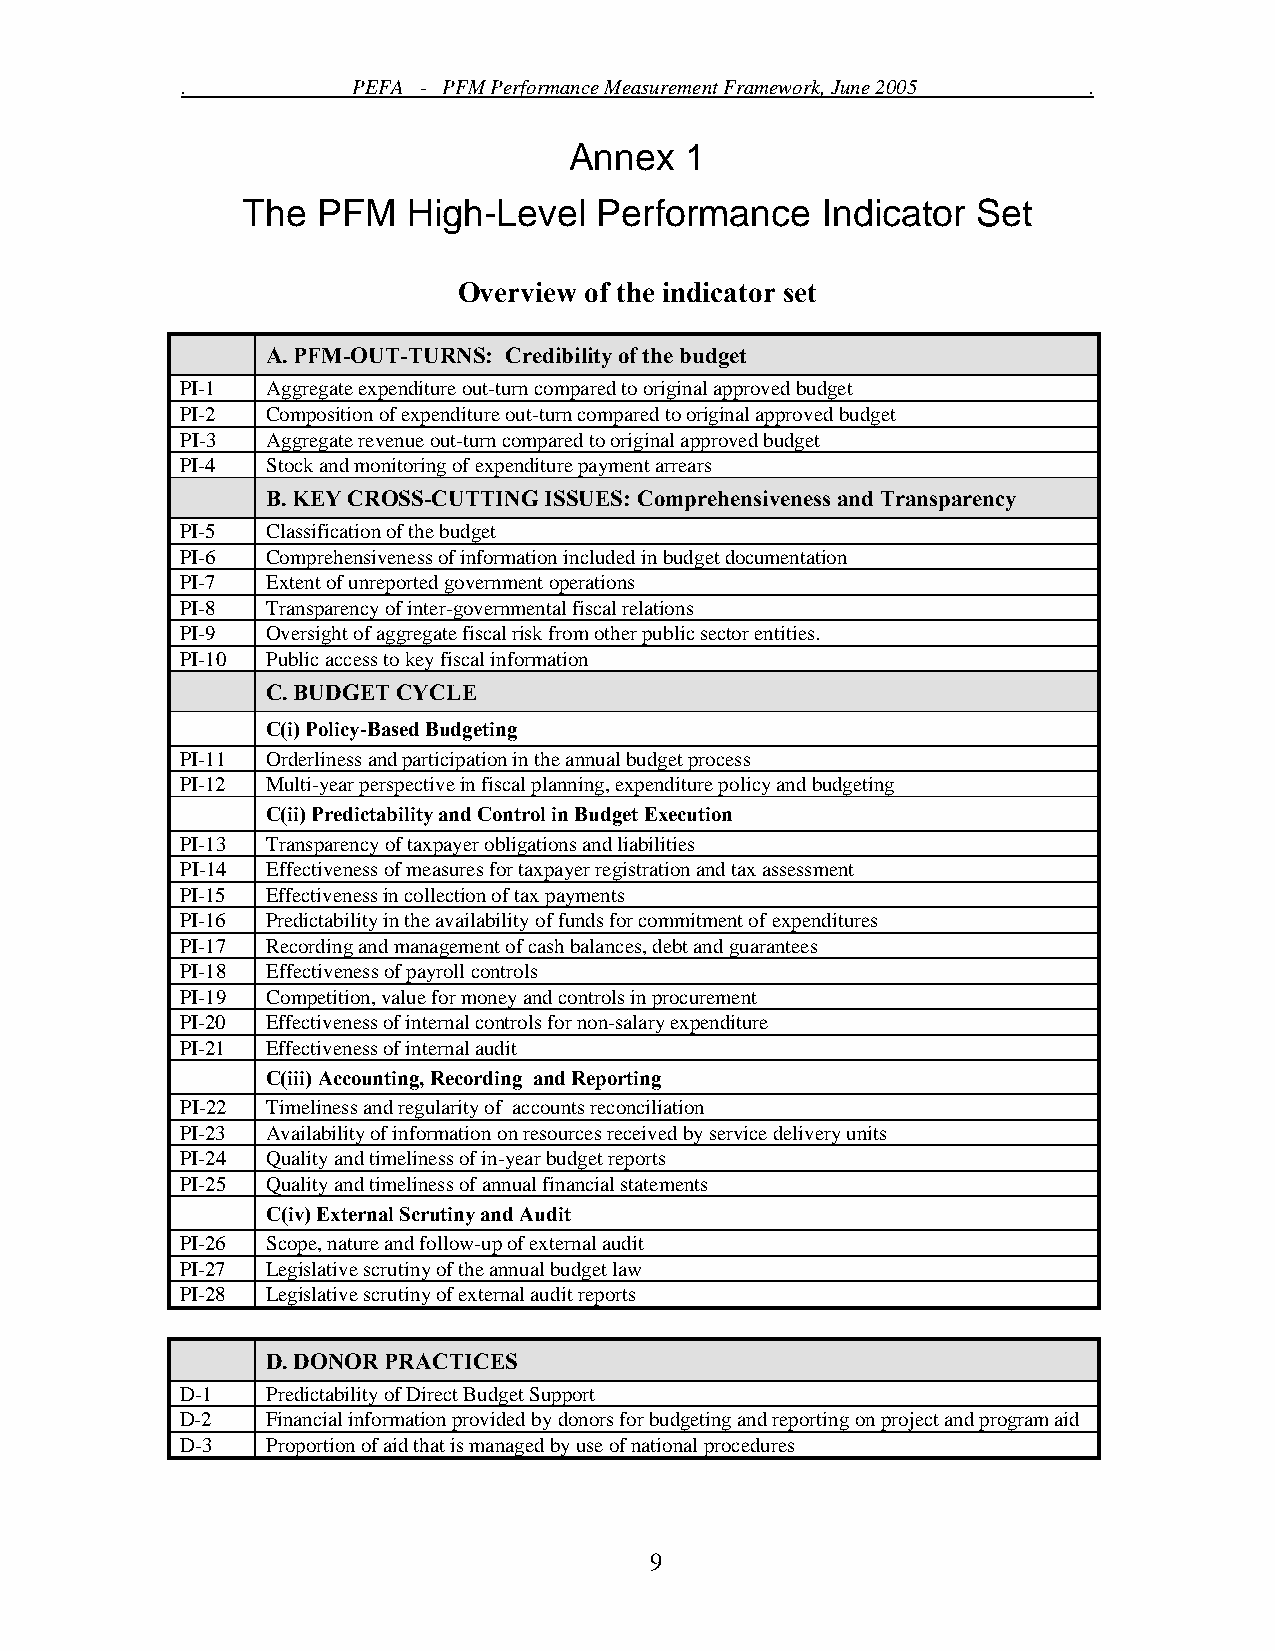
.          PEFA - PFM Performance Measurement Framework, June 2005 .
 Annex  1
 The  PFM   High-Level   Performance   Indicator  Set
 Overview of the indicator set
 A. PFM-OUT-TURNS: Credibility of the budget
 PI-1  Aggregate expenditure out-turn compared to original approved budget
 PI-2  Composition of expenditure out-turn compared to original approved budget
 PI-3  Aggregate revenue out-turn compared to original approved budget
 PI-4  Stock and monitoring of expenditure payment arrears
 B. KEY CROSS-CUTTING ISSUES: Comprehensiveness and Transparency
 PI-5  Classification of the budget
 PI-6  Comprehensiveness of information included in budget documentation
 PI-7  Extent of unreported government operations
 PI-8  Transparency of inter-governmental fiscal relations
 PI-9  Oversight of aggregate fiscal risk from other public sector entities.
 PI-10 Public access to key fiscal information
 C. BUDGET CYCLE
 C(i) Policy-Based Budgeting
 PI-11 Orderliness and participation in the annual budget process
 PI-12 Multi-year perspective in fiscal planning, expenditure policy and budgeting
 C(ii) Predictability and Control in Budget Execution
 PI-13 Transparency of taxpayer obligations and liabilities
 PI-14 Effectiveness of measures for taxpayer registration and tax assessment
 PI-15 Effectiveness in collection of tax payments
 PI-16 Predictability in the availability of funds for commitment of expenditures
 PI-17 Recording and management of cash balances, debt and guarantees
 PI-18 Effectiveness of payroll controls
 PI-19 Competition, value for money and controls in procurement
 PI-20 Effectiveness of internal controls for non-salary expenditure
 PI-21 Effectiveness of internal audit
 C(iii) Accounting, Recording and Reporting
 PI-22 Timeliness and regularity of accounts reconciliation
 PI-23 Availability of information on resources received by service delivery units
 PI-24 Quality and timeliness of in-year budget reports
 PI-25 Quality and timeliness of annual financial statements
 C(iv) External Scrutiny and Audit
 PI-26 Scope, nature and follow-up of external audit
 PI-27 Legislative scrutiny of the annual budget law
 PI-28 Legislative scrutiny of external audit reports
 D. DONOR PRACTICES
 D-1   Predictability of Direct Budget Support
 D-2   Financial information provided by donors for budgeting and reporting on project and program aid
 D-3   Proportion of aid that is managed by use of national procedures
 9